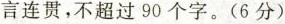
言连贯，不超过90个字。(6分)